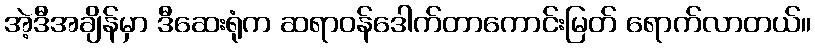
အဲ့ဒီအချိန်မှာ ဒီဆေးရုံက ဆရာဝန်ဒေါက်တာကောင်းမြတ် ရောက်လာတယ်။